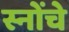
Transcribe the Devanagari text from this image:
स्नोंचे